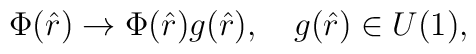
\Phi(\hat r) \to \Phi(\hat r) g(\hat r), \quad g(\hat r) \in U(1),